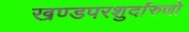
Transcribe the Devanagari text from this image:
खण्डपरशुर्दारुणो